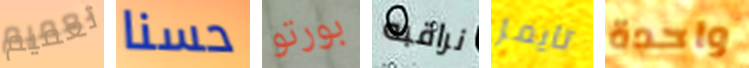
تعميم حسنا بورتو نراقبه تايمز واحدة